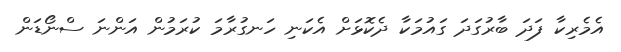
އެމެރިކާ ފަދަ ބާރުގަދަ ގައުމަކާ ދެކޮޅަށް އެކަނި ހަނގުރާމަ ކުރަމުން އަންނަ ސްނޯޑަން